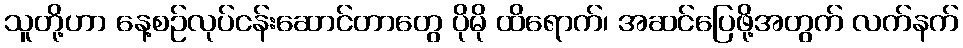
သူတို့ဟာ နေ့စဉ်လုပ်ငန်းဆောင်တာတွေ ပိုမို ထိရောက်၊ အဆင်ပြေဖို့အတွက် လက်နက်